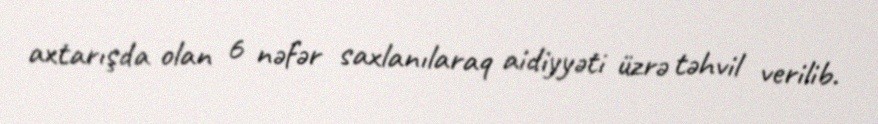
axtarışda olan 6 nəfər saxlanılaraq aidiyyəti üzrə təhvil verilib.